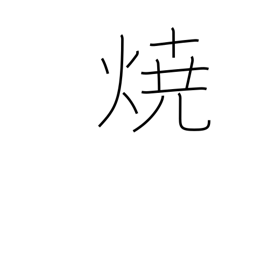
Meaning: burning